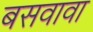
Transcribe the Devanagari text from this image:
बसवावा